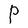
Character: P